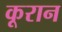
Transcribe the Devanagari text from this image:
कूरान